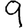
Digit: 9